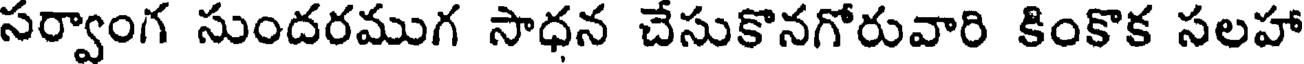
సర్వాంగ సుందరముగ సాధన చేసుకొనగోరువారి కింకొక సలహా